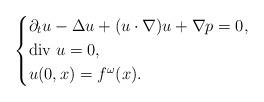
LaTeX: \begin{align*}\left\{ \aligned&\partial_t u-\Delta u +(u\cdot \nabla) u+\nabla p=0,\\&\mbox{div } u=0,\\&u(0,x)=f^{\omega}(x).\endaligned\right.\end{align*}